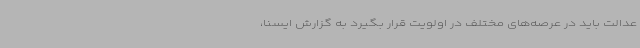
عدالت باید در عرصه‌های مختلف در اولویت قرار بگیرد به گزارش ایسنا،